Civil Veterinary Dept. Bombay admin report 1900-1906 - 1900-1906
Year: 1900
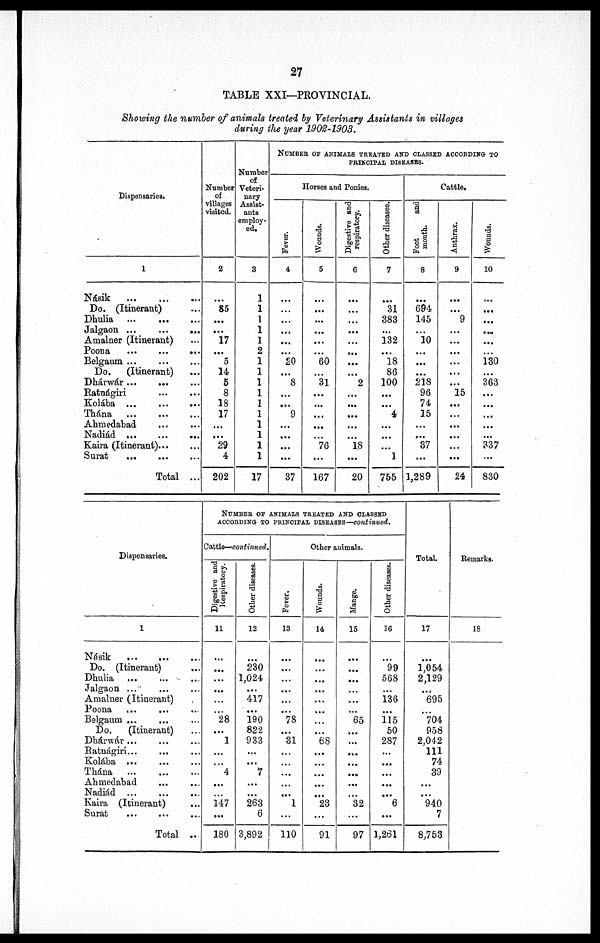
27
TABLE XXI—PROVINCIAL.
Showing the number of animals treated by Veterinary Assistants in villages
during the year 1902-1903.
Dispensaries.
1
Násik … … …
Do. (Itinerant) …
Dhulia … … …
Jalgaon ...
...
...
Amalner (Itinerant) …
Poona … … …
Belgaum ... … …
Do.
(Itinerant) …
Dháwaár … … ...
Ratnágiri … …
Kolába ... … …
Thána … … …
Ahmedabad … …
Nadiád … … …
Kaira (Itinerant) … …
Surat … … …
Total ...
Number
of
villages
visited.
2
…
85
…
...
17
...
5
14
5
8
18
17
…
…
29
4
202
Number
of
Veteri-
nary
Assist-
ants
employ-
ed.
3
1
1
1
1
1
2
1
1
1
1
1
1
1
1
1
1
17
NUMBER OF ANIMALS TREATED AND CLASSED ACCORDING TO
PRINCIPAL DISEASES.
Horses and Ponies.
Fever.
4
…
…
...
...
...
...
20
...
8
…
…
9
...
...
...
...
37
Wounds.
5
…
...
...
...
...
...
60
...
31
...
...
...
...
…
76
...
167
Digestive and
respiratory.
6
…
...
...
...
...
...
...
...
2
...
...
...
...
…
18
...
20
Other diseases.
7
...
31
383
...
132
…
18
86
100
...
...
4
...
...
...
1
755
Cattle.
Foot
and
mouth.
8
…
694
145
...
10
...
...
...
218
96
74
15
...
…
37
...
1,289
Anthrax.
9
…
9
…
…
…
…
…
…
15
…
…
…
…
…
…
24
Wounds.
10
…
...
...
…
...
...
130
...
363
...
...
...
...
...
337
...
830
Dispensaries.
1
Násik … … …
Do. (Itinerant) …
Dhulia ... … …
Jalgaon ...
Amalner (Itinerant)
Poona … … …
Belgaum ... … …
Do.
(Itinerant) …
Dhárwár ... … …
Ratnágiri... … …
Kolába ... … …
Thána … … …
Ahmedabad … …
Nadiád … … …
Kaira (Itinerant) …
Surat … … …
Total ..
NUMBER OF ANIMALS TREATED AND CLASSED
ACCORDING TO PRINCIPAL DISEASES—continued.
Cattle—continued.
Digestive and
Respiratory.
11
…
...
...
…
…
…
28
...
1
…
…
4
...
147
...
180
Other diseases.
12
…
230
1,024
...
417
...
190
822
933
...
...
7
...
...
263
6
3,892
Other animals.
Fever.
13
…
...
...
...
...
...
78
...
31
…
...
...
...
...
1
...
110
Wounds.
14
…
...
...
...
…
...
...
. . .
68
...
...
…
…
…
23
...
91
Mange.
15
…
...
…
…
...
...
65
...
...
…
...
...
...
…
32
...
97
Other diseases.
16
…
99
568
...
136
...
115
50
287
...
...
...
…
...
6
...
1,261
Total.
17
…
1,054
2,129
…
695
…
704
958
2,042
111
74
39
...
...
940
7
8,753
Remarks.
18